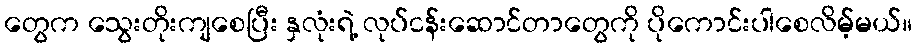
တွေက သွေးတိုးကျစေပြီး နှလုံးရဲ့ လုပ်ငန်းဆောင်တာတွေကို ပိုကောင်းပါစေလိမ့်မယ်။